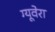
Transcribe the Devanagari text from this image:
ग्यूवेरा